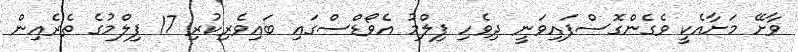
ވާށޭ މަށާއެކީ ވެގެންގޮސްފައިވަނީ ދިވެހި ފިލްމު އެވޯޑްސްގައި ބައިވެރިކުރި 17 ފިލްމުގެ ތެރެއިން